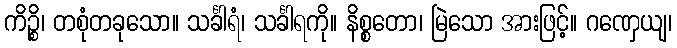
ကိဉ္စိ၊ တစုံတခုသော။ သင်္ခါရံ၊ သင်္ခါရကို။ နိစ္စတော၊ မြဲသော အားဖြင့်။ ဂဏှေယျ၊